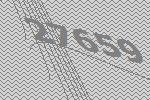
27659